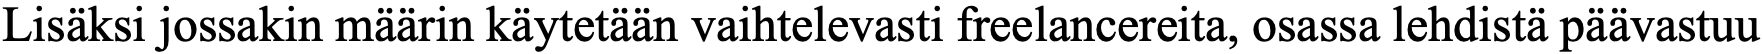
Lisäksi jossakin määrin käytetään vaihtelevasti freelancereita, osassa lehdistä päävastuu